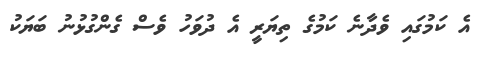
އެ ކަމުގައި ވެދާނެ ކަމުގެ ތިޔަރީ އެ ދުވަހު ވެސް ގެންގުޅުނު ބަޔަކު